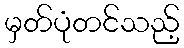
မှတ်ပုံတင်သည့်